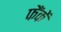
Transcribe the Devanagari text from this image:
फैंकें